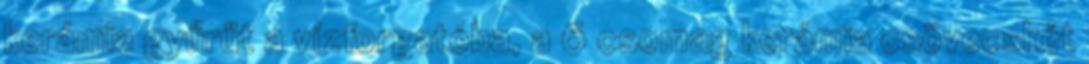
kerámia gyűrűt a vízforgatóba, a 6 csomag kerámia csövecskét